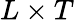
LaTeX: L\times T